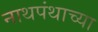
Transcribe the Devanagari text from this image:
नाथपंथाच्या